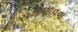
સમજાવવા